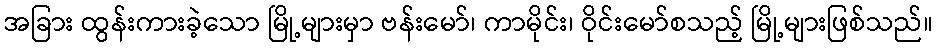
အခြား ထွန်းကားခဲ့သော မြို့များမှာ ဗန်းမော်၊ ကာမိုင်း၊ ဝိုင်းမော်စသည့် မြို့များဖြစ်သည်။